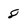
Character: 8